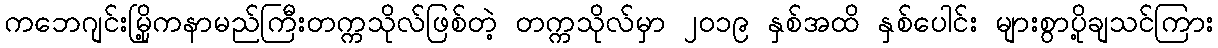
ကဘေဂျင်းမြို့ကနာမည်ကြီးတက္ကသိုလ်ဖြစ်တဲ့ တက္ကသိုလ်မှာ ၂၀၁၉ နှစ်အထိ နှစ်ပေါင်း များစွာပို့ချသင်ကြား